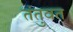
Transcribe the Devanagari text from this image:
तंतुवत